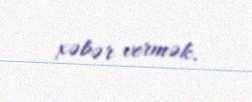
xəbər vermək.